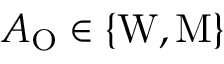
A _ { \mathrm { O } } \in \{ \mathrm { W } , \mathrm { M } \}